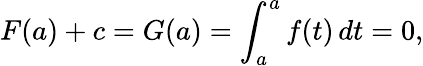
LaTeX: F(a)+c=G(a)=\int_{a}^{a}f(t)\, dt=0,